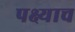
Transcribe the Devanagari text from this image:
पक्ष्याच